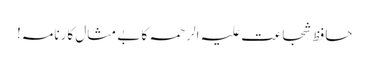
حافظ شجاعت علیہ الرحمہ کا بے مثال کارنامہ!